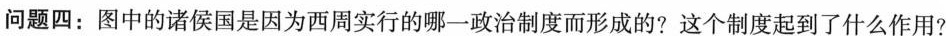
问题四：图中的诸侯国是因为西周实行的哪一政治制度而形成的?这个制度起到了什么作用？